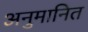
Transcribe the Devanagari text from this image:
अनुमानित